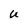
Character: U